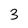
Character: 3